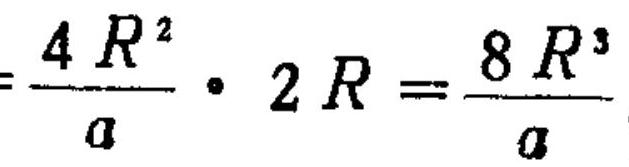
$=\frac{4R^{2}}{a}\cdot 2R=\frac{8R^{3}}{a}$